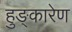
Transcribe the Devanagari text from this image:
हुङ्कारेण